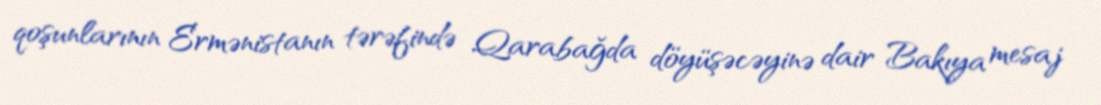
qoşunlarının Ermənistanın tərəfində Qarabağda döyüşəcəyinə dair Bakıya mesaj